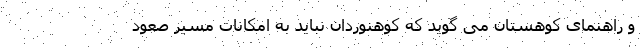
و راهنمای کوهستان می گوید که کوهنوردان نباید به امکانات مسیر صعود